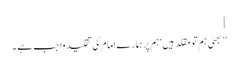
]
’’بھئی ہم تو مقلد ہیں‘ ہم پر ہمارے امام کی تقلید واجب ہے ۔